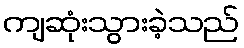
ကျဆုံးသွားခဲ့သည်